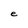
Character: e